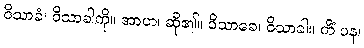
ဝိသာခံ၊ ဝိသာခါကို။ အာဟ၊ ဆို၏။ ဝိသာခေ၊ ဝိသာခါ။ ကိံ ပန၊